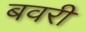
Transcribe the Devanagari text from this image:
बवरी